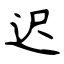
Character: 迟